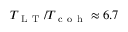
T _ { \mathrm { ~ L ~ T ~ } } / T _ { \mathrm { ~ c ~ o ~ h ~ } } \approx 6 . 7